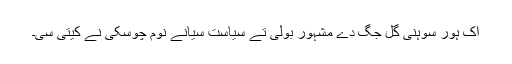
اک ہور سوہنی گل جگ دے مشہور بولی تے سیاست سیانے نوم چوسکی نے کیتی سی۔